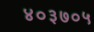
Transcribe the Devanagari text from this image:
४०३७०५